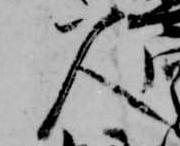
人